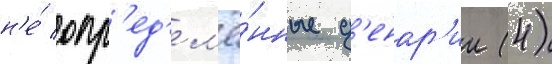
н'е́ опр'ед'ел'ё́нные д'енар'ии (4)